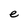
Character: e